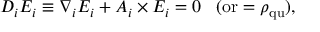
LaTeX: D _ { i } E _ { i } \equiv \nabla _ { i } E _ { i } + A _ { i } \times E _ { i } = 0 \; \; \; \mathrm { ( o r } = \rho _ { \mathrm { q u } } \mathrm { ) } ,